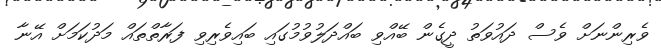
ވެރިންނަށް ވެސް ދައުވަތު ދީގެން ބޭއްވި ބައްދަލުވުމުގައި ބައިވެރިވި ފަރާތްތައް މަދުކަމަށް އޭނާ